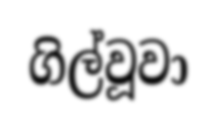
ගිල්වූවා